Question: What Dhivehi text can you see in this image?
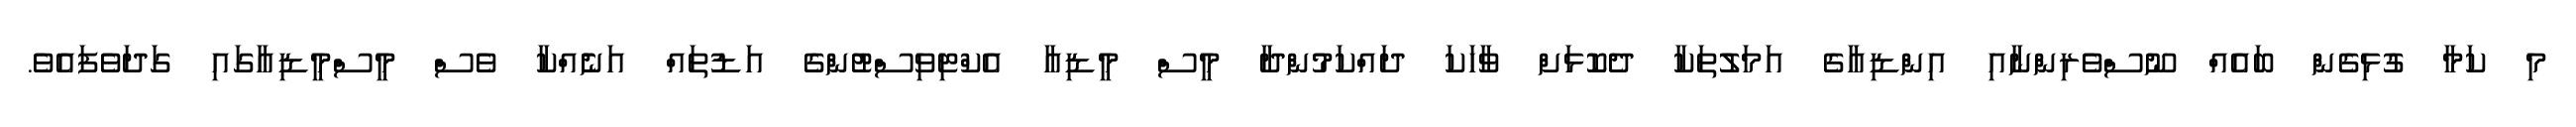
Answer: މި ކަމާ ގުޅިގެން ބައެއް ނޫސްވެރިންނާއި އިންޑިއާގެ އަމަލުތަކާ ދެކޮޅަށް ވާހަކަ ދައްކަމުންދާ މީސް މީޑިއާ އެކްޓިވިސްޓުންގެ އަޑުތައް އަނެެއްކާ ވެސް މީސްމީޑިއާގައި ގަދަވެފައެވެ.